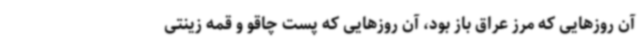
آن روزهایی که مرز عراق باز بود، آن روزهایی که پست چاقو و قمه زینتی